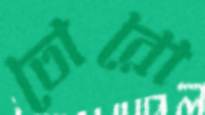
তোরো